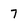
Character: 7